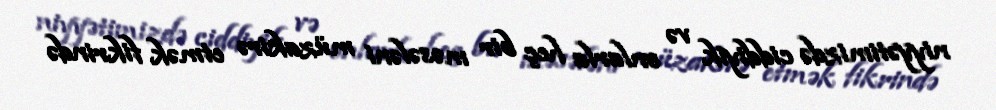
niyyətimizdə ciddiyik və onlarla heç bir məsələni müzakirə etmək fikrində